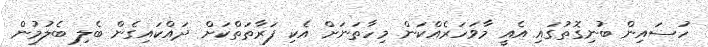
ހުސައިން ބުނިގޮތުގައި އެއީ މާވަހަރެއްކަން މިހާތަނަށް އެކި ފަރާތަތްކަށް ދައްކައިގެން ބެލި ބެލުމުން